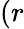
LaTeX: (r